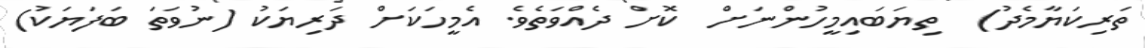
ތަރިކަޔާމެދު)  ތިޔަބައިމީހުންނަށް  ކޮށް ދެއްވަތެވެ. އެމީހަކަށް ދަރިޔަކު (ނުވަތަ ބަފަޔަކު)